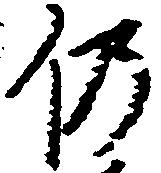
仍